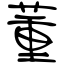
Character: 董